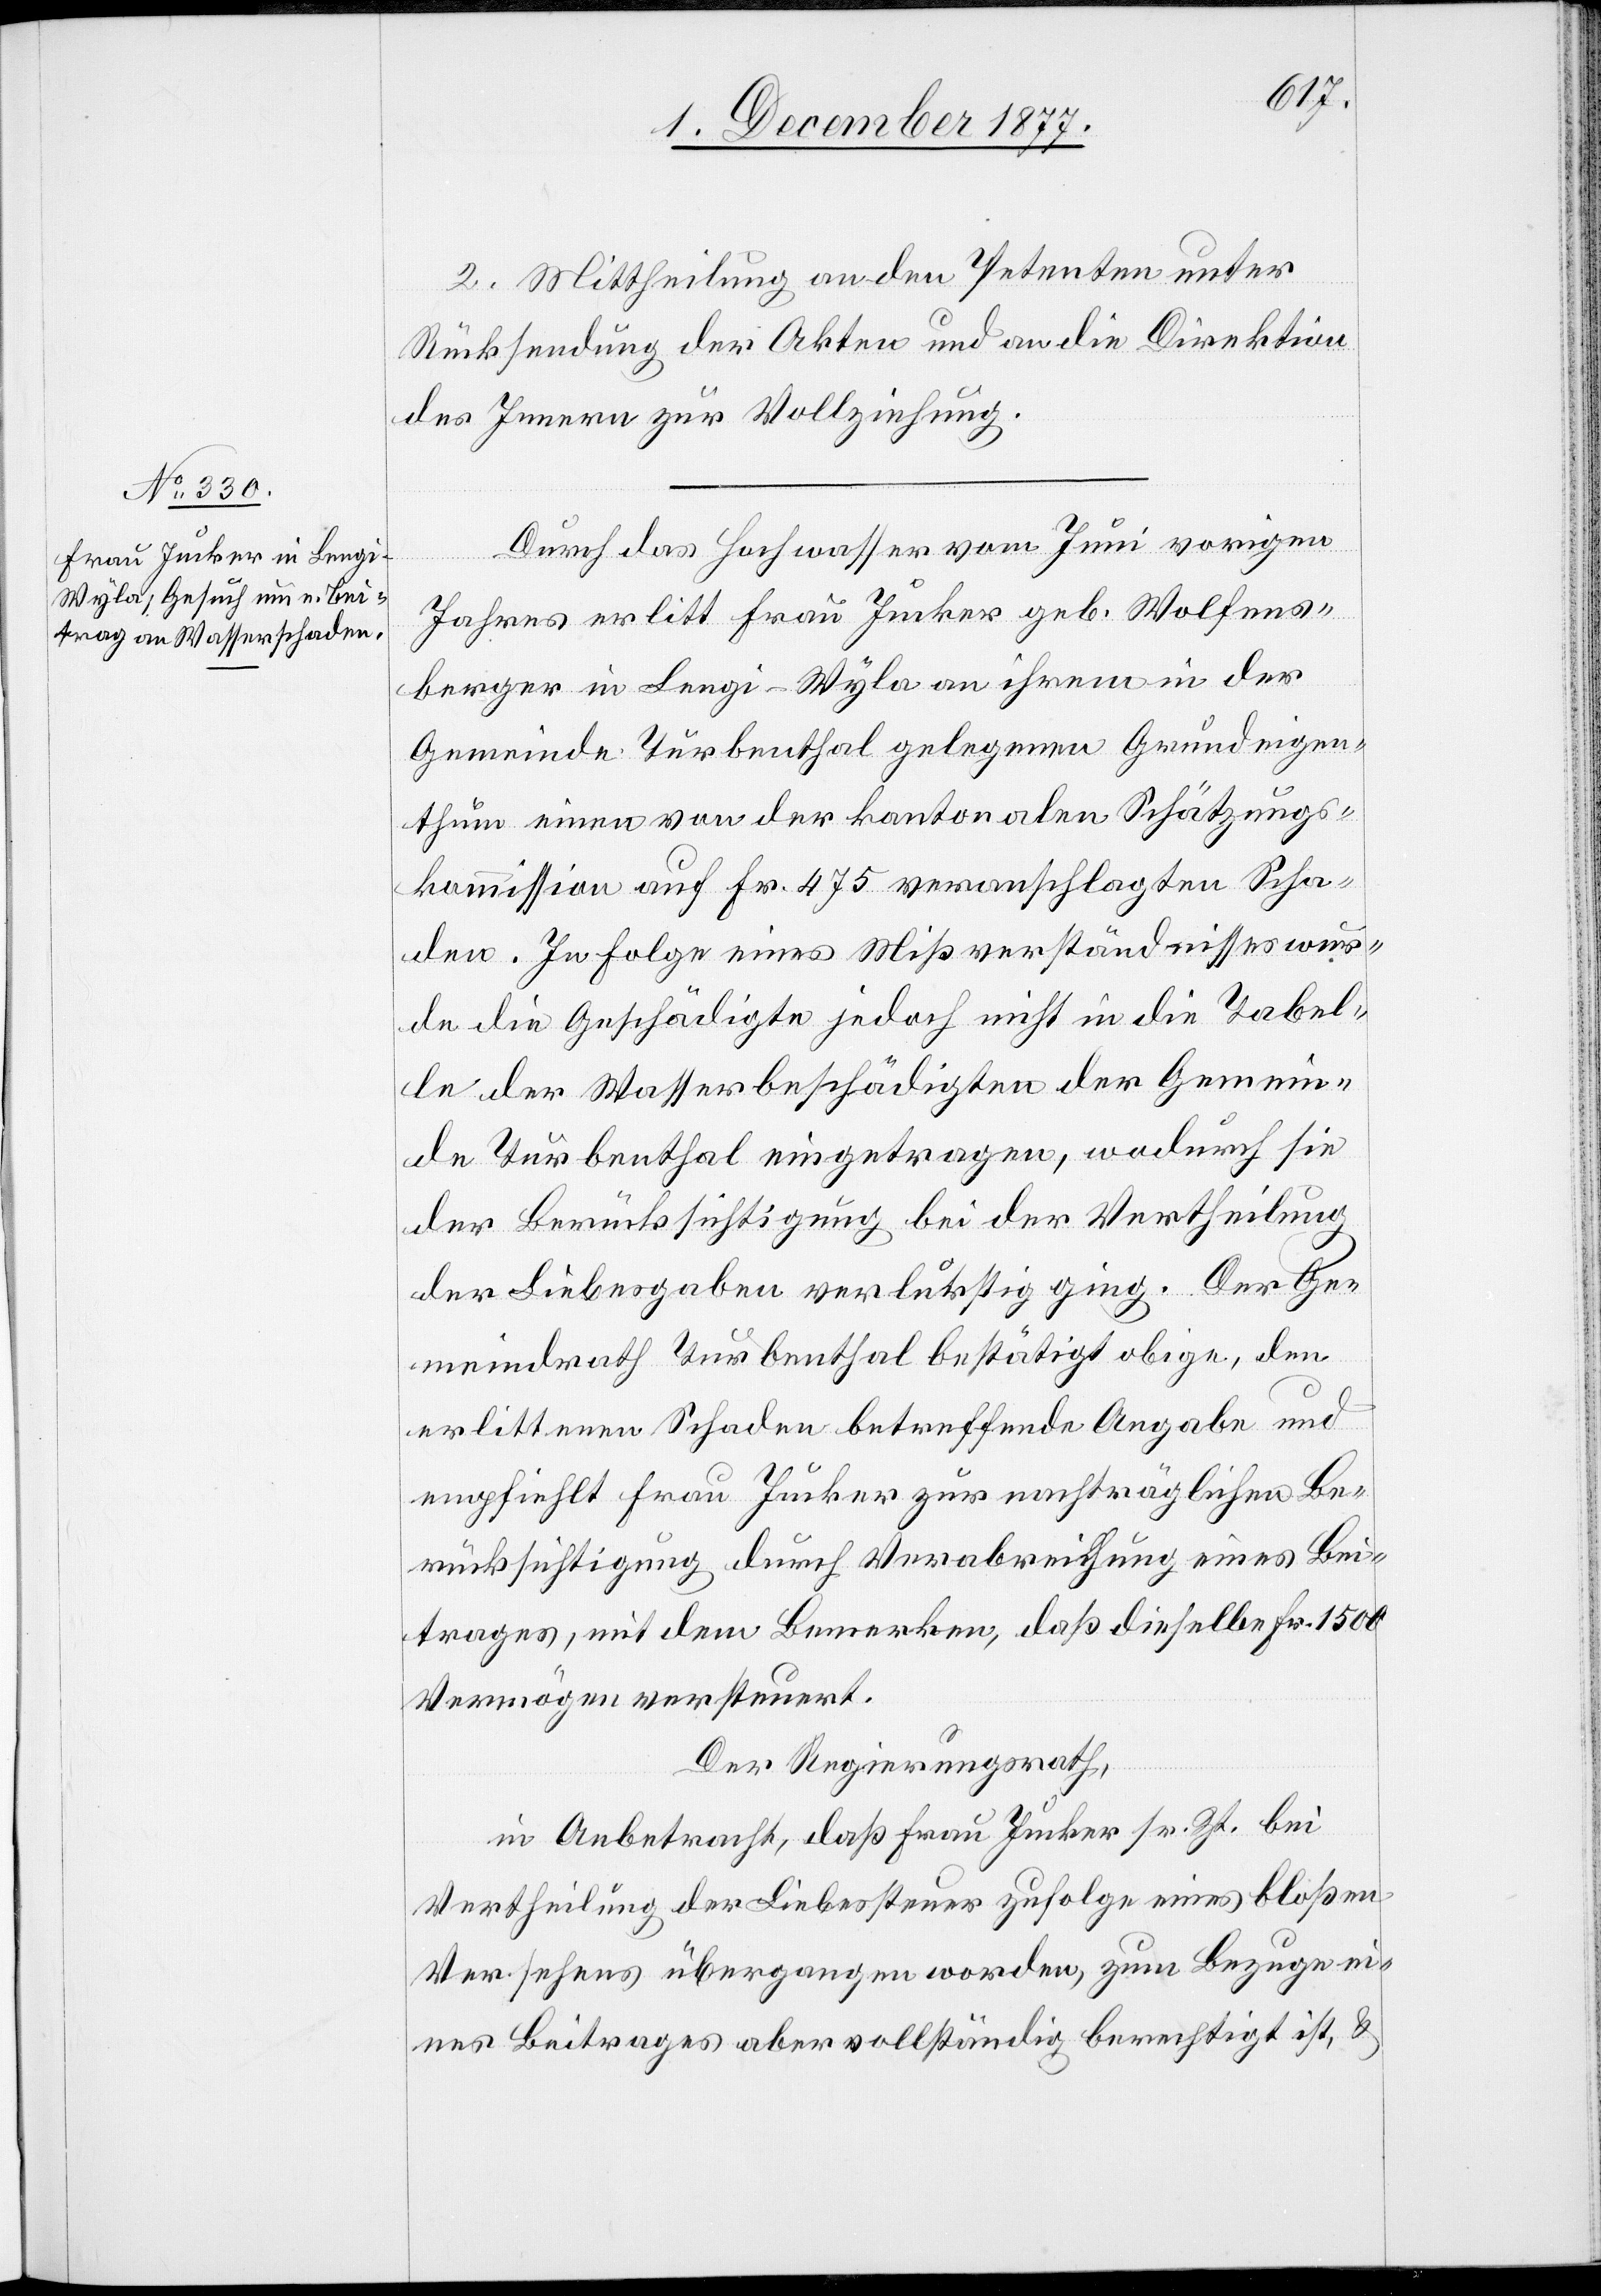
2. Mittheilung an den Petenten unter
Rücksendung der Akten und an die Direktion
des Innern zur Vollziehung.
Durch das Hochwasser vom Juni vorigen
Jahres erlitt Frau Jucker geb. Wolfens¬
berger in Lengi - Wyla an ihrem in der
Gemeinde Turbenthal gelegenen Grundeigen¬
thum einen von der kantonalen Schätzungs¬
kommission auf Fr. 475 veranschlagten Scha¬
den. In Folge eines Mißverständnisses wur¬
de die Geschädigte jedoch nicht in die Tabel¬
le der Wasserbeschädigten der Gemein¬
de Turbenthal eingetragen, wodurch sie
der Berücksichtigung bei der Vertheilung
der Liebesgaben verlurstig ging. Der Ge¬
meindrath Turbenthal bestätigt obige, den
erlittenen Schaden betreffende Angabe und
empfiehlt Frau Jucker zur nachträglichen Be¬
rücksichtigung durch Verabreichung eines Bei¬
trages, mit dem Bemerken, daß dieselbe Fr. 1500
Vermögen versteuert.
Der Regierungsrath,
in Anbetracht, daß Frau Jucker sr. Zt. bei
Vertheilung der Liebessteuer zufolge eines bloßen
Versehens übergangen worden, zum Bezuge ei¬
nes Beitrages aber vollständig berechtigt ist, &